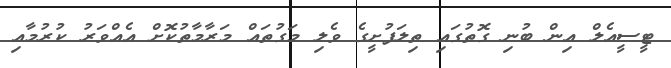
ޓީސީއެލް އިން ބުނި ގޮތުގައި ތިލަފުށީގެ ވެލި މަގުތައް މަރާމާތުކޮށް އެއްވަރު ކުރުމާއި